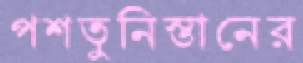
পশতুনিস্তানের